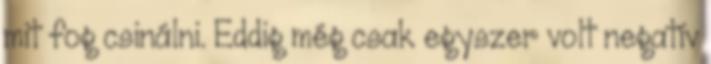
mit fog csinálni. Eddig még csak egyszer volt negatív